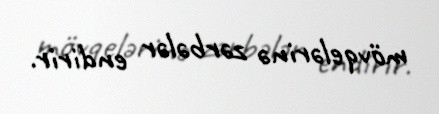
mövqelərinə zərbələr endirir.